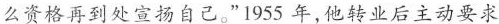
么资格再到处宣扬自己。”1955年，他转业后主动要求